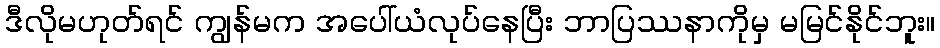
ဒီလိုမဟုတ်ရင် ကျွန်မက အပေါ်ယံလုပ်နေပြီး ဘာပြဿနာကိုမှ မမြင်နိုင်ဘူး။